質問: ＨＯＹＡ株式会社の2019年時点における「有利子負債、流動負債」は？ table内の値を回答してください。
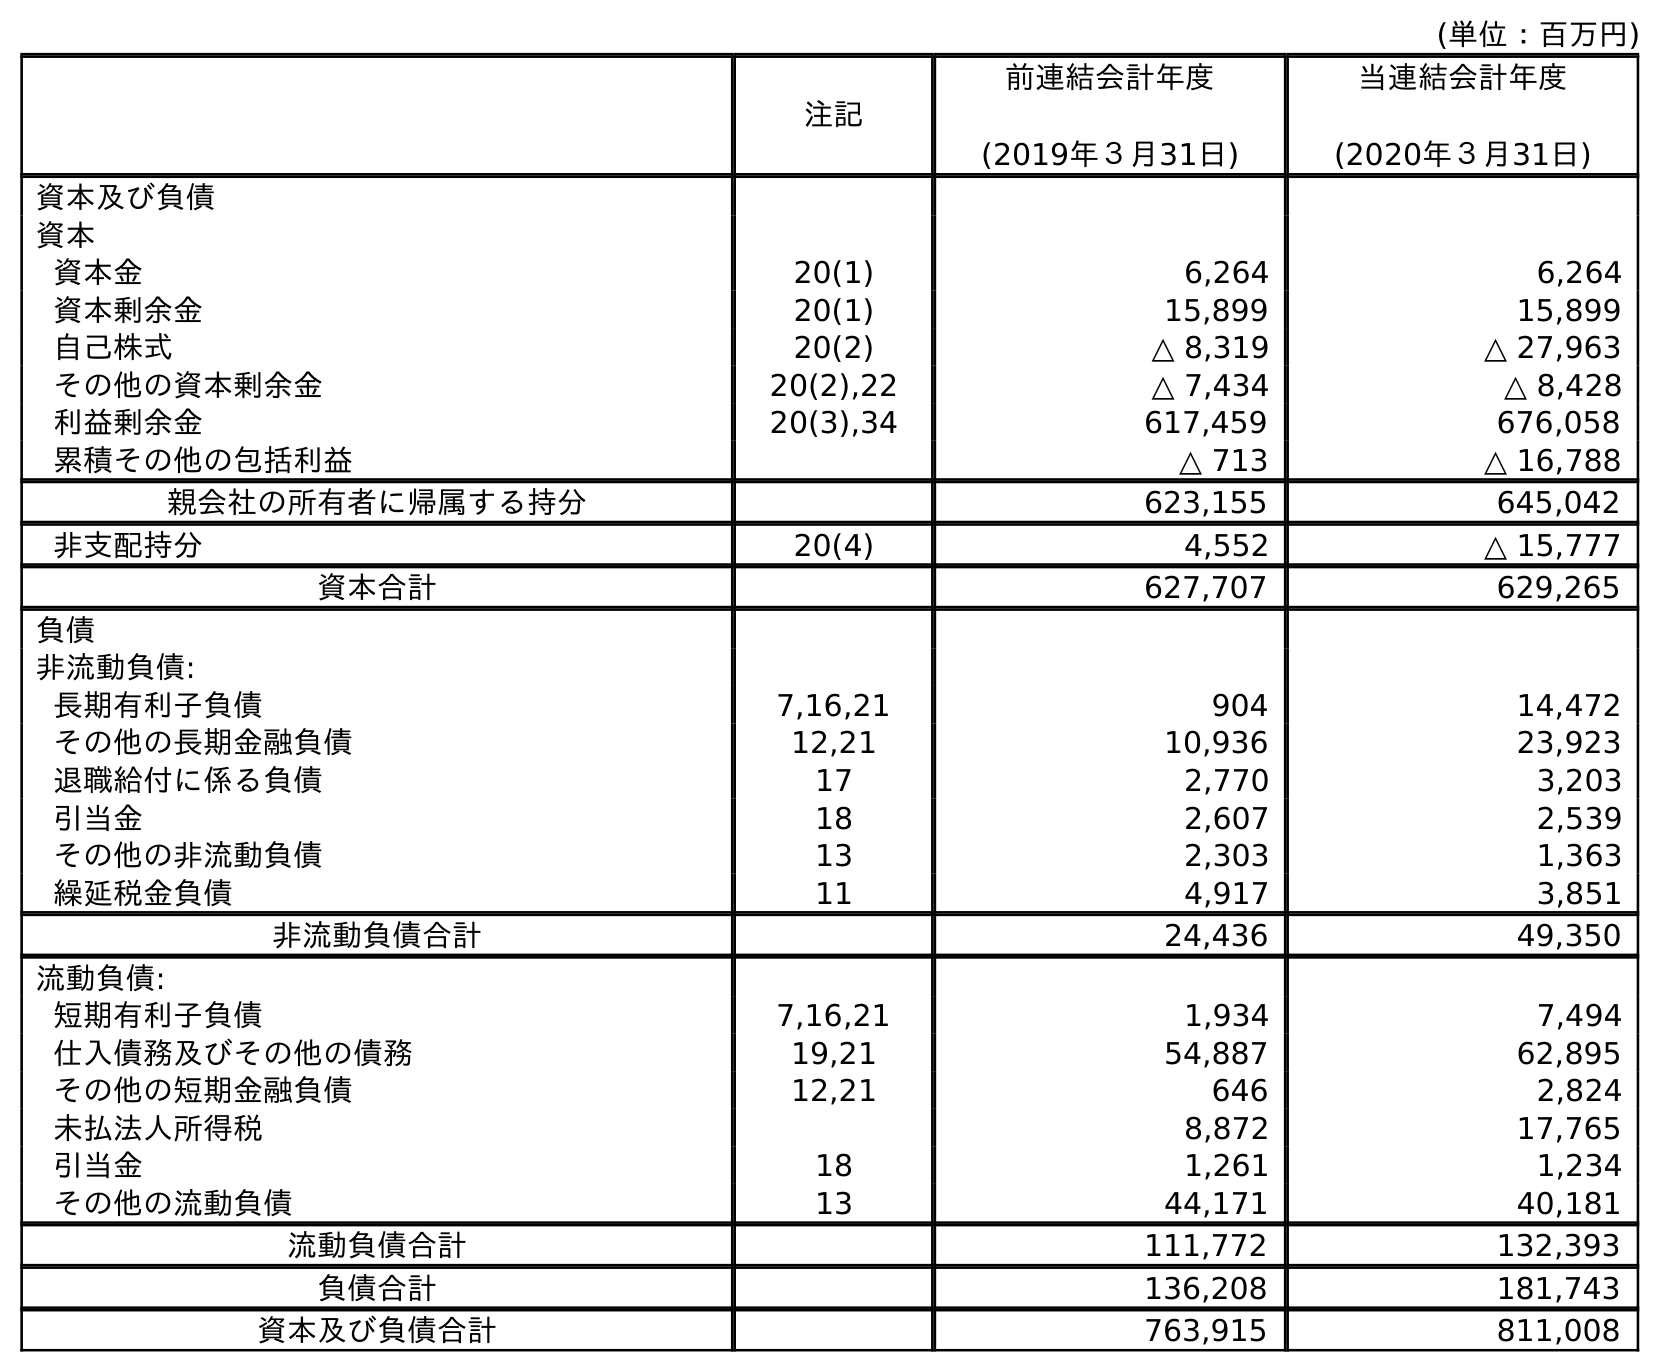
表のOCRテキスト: (単位：百万円) 注記 前連結会計年度 (2019年３月31日) 当連結会計年度 (2020年３月31日) 資本及び負債 資本 資本金 20(1) 6,264 6,264 資本剰余金 20(1) 15,899 15,899 自己株式 20(2) △ 8,319 △ 27,963 その他の資本剰余金 20(2),22 △ 7,434 △ 8,428 利益剰余金 20(3),34 617,459 676,058 累積その他の包括利益 △ 713 △ 16,788 親会社の所有者に帰属する持分 623,155 645,042 非支配持分 20(4) 4,552 △ 15,777 資本合計 627,707 629,265 負債 非流動負債: 長期有利子負債 7,16,21 904 14,472 その他の長期金融負債 12,21 10,936 23,923 退職給付に係る負債 17 2,770 3,203 引当金 18 2,607 2,539 その他の非流動負債 13 2,303 1,363 繰延税金負債 11 4,917 3,851 非流動負債合計 24,436 49,350 流動負債: 短期有利子負債 7,16,21 1,934 7,494 仕入債務及びその他の債務 19,21 54,887 62,895 その他の短期金融負債 12,21 646 2,824 未払法人所得税 8,872 17,765 引当金 18 1,261 1,234 その他の流動負債 13 44,171 40,181 流動負債合計 111,772 132,393 負債合計 136,208 181,743 資本及び負債合計 763,915 811,008
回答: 1,934